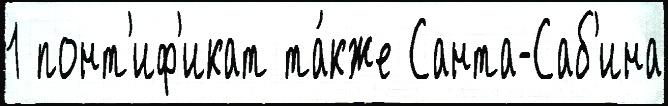
1 понт'иф'икат та́кже Санта-Саб'ина